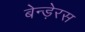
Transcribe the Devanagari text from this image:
बेन्ड़ेरस